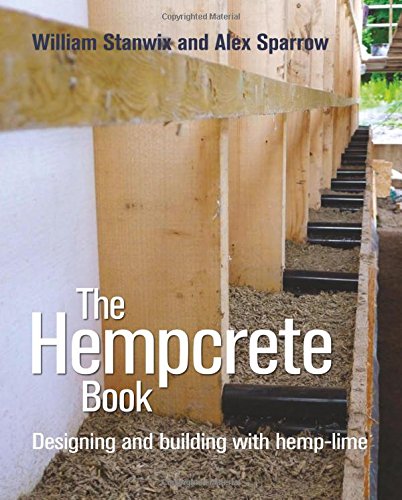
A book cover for The Hempcrete Book: Designing and Building with Hemp-Lime (Sustainable Building); William Stanwix; Arts & Photography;